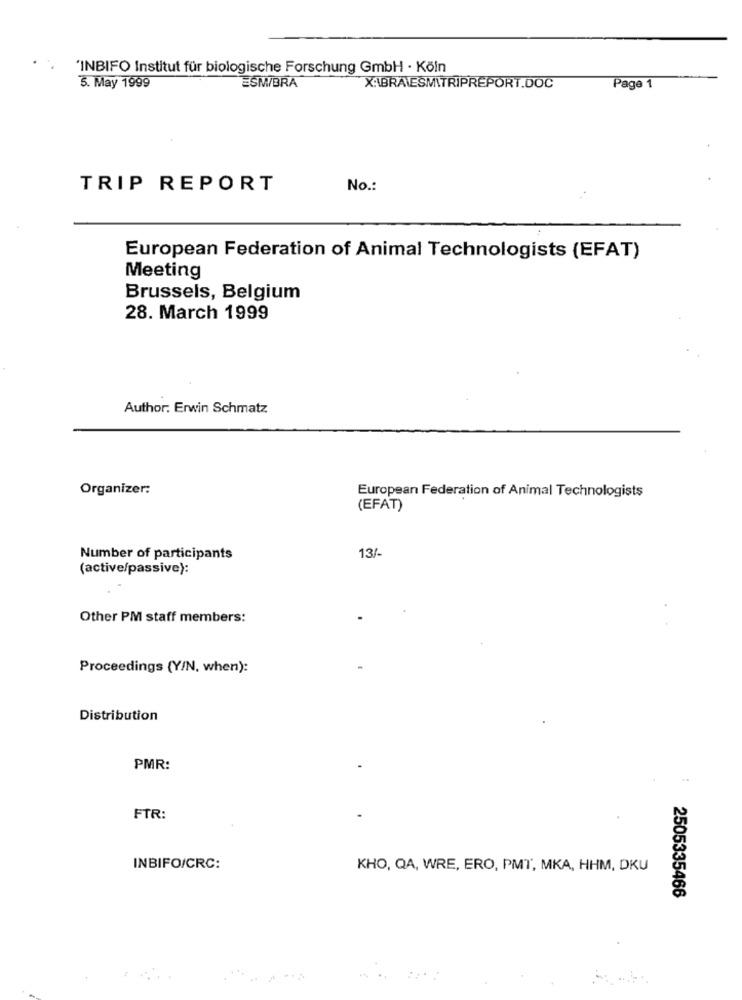
'INBIFO Institut für biologische Forschung GmbH · Köln
5. May 1999
ESM/BRA
XABRAIESMITRIPREPORT.DOC
Page 1
TRIP REPORT
No .:
European Federation of Animal Technologists (EFAT)
Meeting
Brussels, Belgium
28. March 1999
Author: Erwin Schmatz
Organizer:
European Federation of Animal Technologists
(EFAT)
Number of participants
13/
(active/passive):
Other PM staff members:
Proceedings (Y/N, when):
Distribution
PMR:
FTR:
INBIFO/CRC:
KHO, QA, WRE, ERO, PMT, MKA, HHM, DKU
2505335466